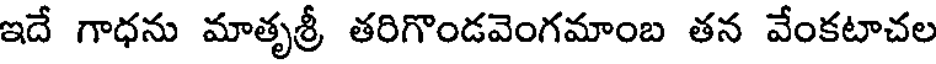
ఇదే గాధను మాతృశ్రీ తరిగొండవెంగమాంబ తన వేంకటాచల